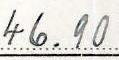
46.90